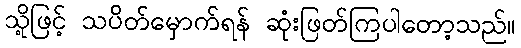
သို့ဖြင့် သပိတ်မှောက်ရန် ဆုံးဖြတ်ကြပါတော့သည်။